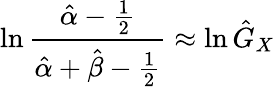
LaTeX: \ln{\frac{{\hat{\alpha}}-{\frac{1}{2}}}{{\hat{\alpha}}+{\hat{\beta}}-{\frac{1}{2}}}}\approx\ln{\hat{G}}_{X}